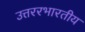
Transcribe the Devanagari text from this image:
उत्तररभारतीय